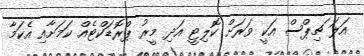
އަލަ ޗިޕްސް އަކީ ވަރަށް ކޮލިޓީ އަދި މީރު ޕްރޮޑަކްޓެއް ކަމަށާއި އެކަމާ